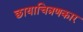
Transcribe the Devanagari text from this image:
छायाचित्रणकार